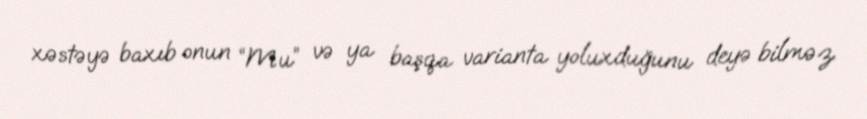
xəstəyə baxıb onun “Mu” və ya başqa varianta yoluxduğunu deyə bilməz.